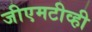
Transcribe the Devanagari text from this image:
जीएमटीव्ही